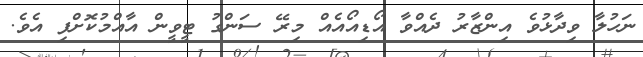
ނަހުލާ ވިދާޅުވެ އިންޒާރު ދެއްވާ އޯޑިއޯއެއް މިރޭ ސަންގު ޓީވީން އާއްމުކޮށްފި އެވެ.